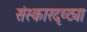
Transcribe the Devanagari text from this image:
संस्कारदृष्ट्या